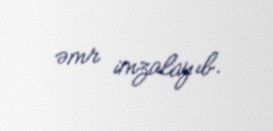
əmr imzalayıb.